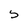
Character: S